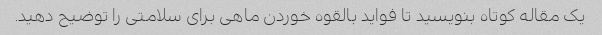
یک مقاله کوتاه بنویسید تا فواید بالقوه خوردن ماهی برای سلامتی را توضیح دهید.